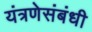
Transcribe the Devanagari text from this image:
यंत्रणेसंबंधी